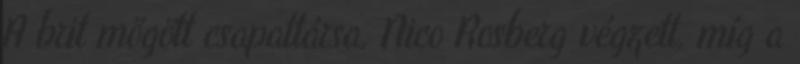
A brit mögött csapattársa, Nico Rosberg végzett, míg a